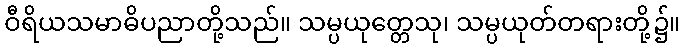
ဝီရိယသမာဓိပညာတို့သည်။ သမ္ပယုတ္တေသု၊ သမ္ပယုတ်တရားတို့၌။